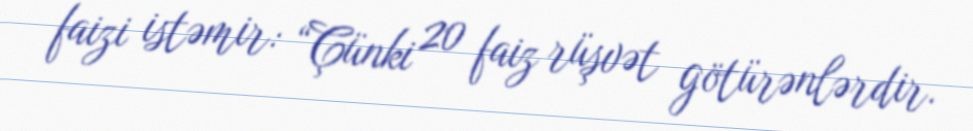
faizi istəmir: “Çünki 20 faiz rüşvət götürənlərdir.